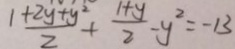
\frac { 1 + 2 y + y ^ { 2 } } { 2 } + \frac { 1 + y } { 2 } - y ^ { 2 } = - 1 3